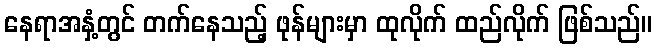
နေရာအနှံ့တွင် တက်နေသည့် ဖုန်များမှာ ထုလိုက် ထည်လိုက် ဖြစ်သည်။